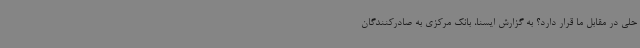
حلی در مقابل ما قرار دارد؟ به گزارش ایسنا، بانک مرکزی به صادرکنندگان